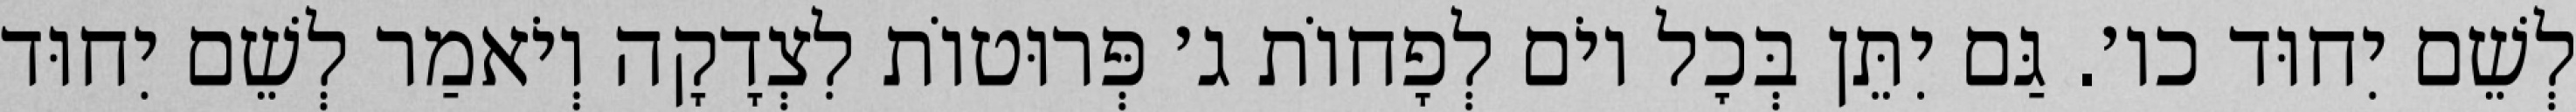
לְשֵׁם יִחוּד כו׳. גַּם יִתֵּן בְּכׇל יוֹם לְפָחוֹת ג׳ פְּרוּטוֹת לִצְדָקָה וְיֹאמַר לְשֵׁם יִחוּד